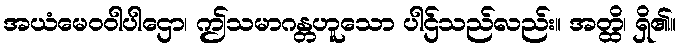
အယံမေဝဝါပါဌော၊ ဤသမာဂန္တဟူသော ပါဌ်သည်လည်း။ အတ္ထိ၊ ရှိ၏။